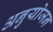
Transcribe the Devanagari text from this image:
अनुयोजन